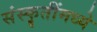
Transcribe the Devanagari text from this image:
संस्कॄतींमध्ये